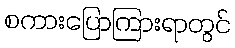
စကားပြောကြားရာတွင်